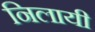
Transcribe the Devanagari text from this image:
निलायी